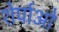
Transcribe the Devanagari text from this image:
शेर्पाओ